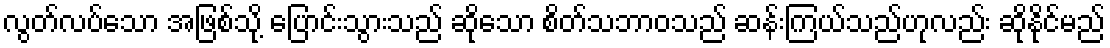
လွတ်လပ်သော အဖြစ်သို့ ပြောင်းသွားသည် ဆိုသော စိတ်သဘာဝသည် ဆန်းကြယ်သည်ဟုလည်း ဆိုနိုင်မည်